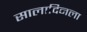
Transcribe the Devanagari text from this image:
सालादिनला